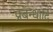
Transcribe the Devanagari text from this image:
प्रबन्धादि